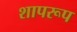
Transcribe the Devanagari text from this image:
शापरूप